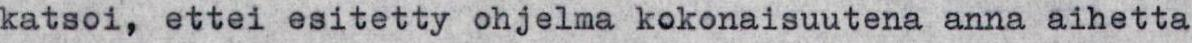
katsoi, ettei esitetty ohjelma kokonaisuutena anna aihetta